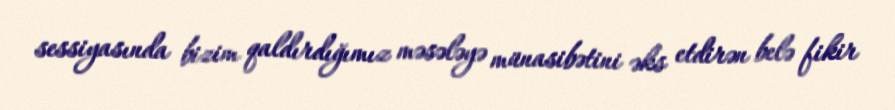
sessiyasında bizim qaldırdığımız məsələyə münasibətini əks etdirən belə fikir